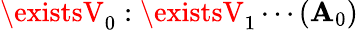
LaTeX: \existsV_{0}:\existsV_{1}\cdots(\mathbf{A}_{0})